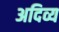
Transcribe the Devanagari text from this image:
अदिव्य